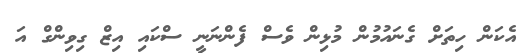
އެކަން ހިތަށް ގެނައުމުން މުޅިން ވެސް ފެންނަނީ ސްކައި އިޒް ގިވިންގް އަ